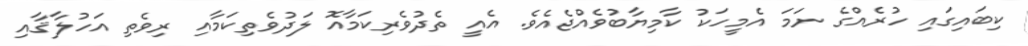
ކިބައިގައި ހުރެއްގެ ނަމަ އެމީހަކު ކާމިޔާބުވެއްޖެއެވެ. އެއީ ތެދުވެރިކަމާއޮ ލަދުވެތިކަމާއި ރިވެތި އަހުލާޤާއި